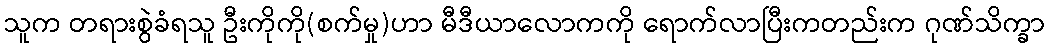
သူက တရားစွဲခံရသူ ဦးကိုကို(စက်မှု)ဟာ မီဒီယာလောကကို ရောက်လာပြီးကတည်းက ဂုဏ်သိက္ခာ